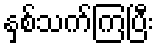
နှစ်သက်ကြပြီး